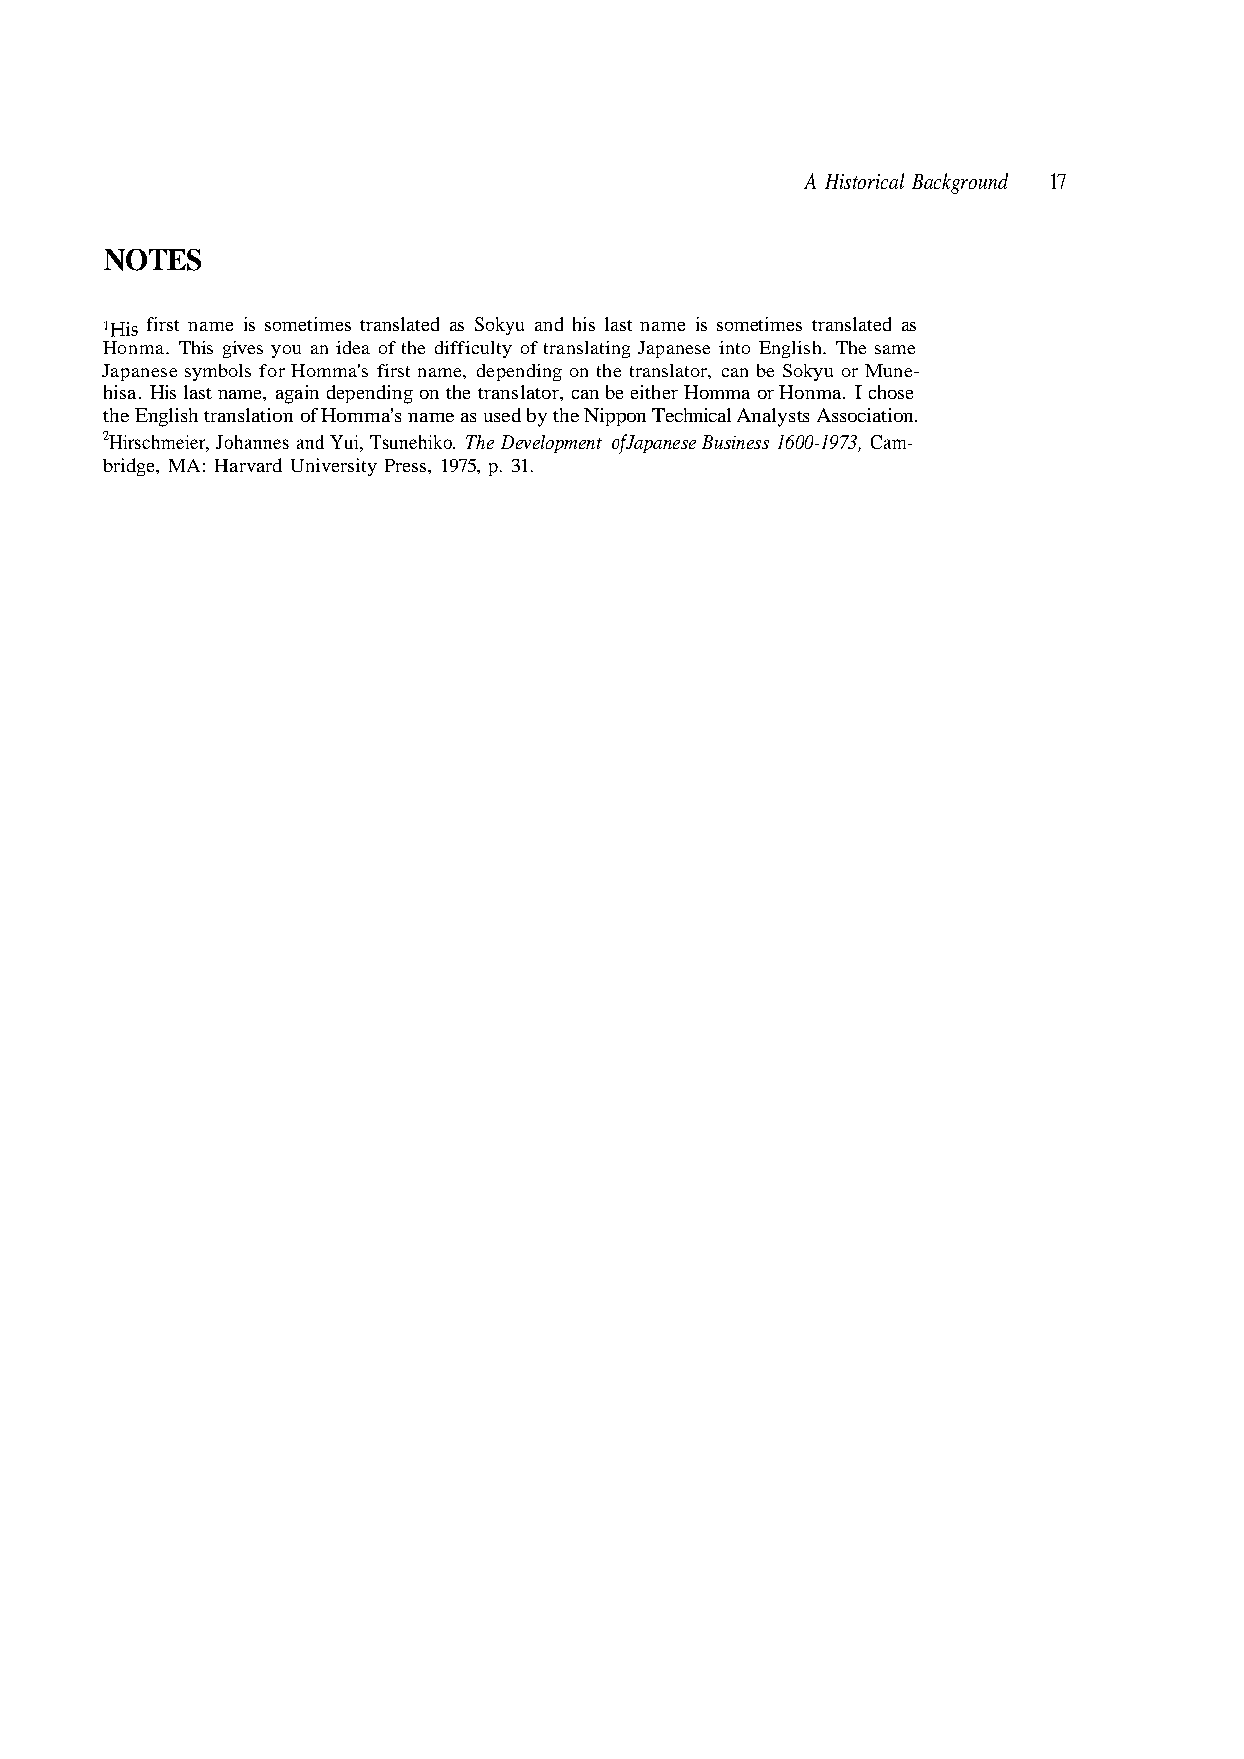
A Historical Background 17
 NOTES
 'His first name is sometimes translated as Sokyu and his last name is sometimes translated as
 Japanese symbols for Homma's first name, depending on the translator, can be Sokyu or Mune-
 hisa. His last name, again depending on the translator, can be either Homma or Honma. I chose
 the English translation of Homma's name as used by the Nippon Technical Analysts Association.
 2Hirschmeier, Johannes and Yui, Tsunehiko. The Development of Japanese Business 1600-1973, Cam-
 bridge, MA: Harvard University Press, 1975, p. 31.
 e m a s e h T h. s i l g n E o t n i e s e n a p a J g n i t a l s n a r t f o y t l u c i f f i d e h t f o a e d i n a u o y s e v i g s i h T a. m n o H